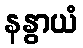
နနွာယံ